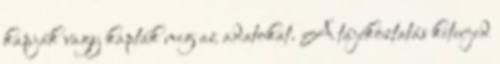
kapják vagy kapták meg az adatokat. A tájékoztatás kiterjed